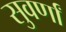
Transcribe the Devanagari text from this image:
सुवर्णां